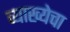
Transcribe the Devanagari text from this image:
व्याख्येचा